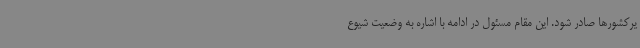
یرکشورها صادر شود. این مقام مسئول در ادامه با اشاره به وضعیت شیوع